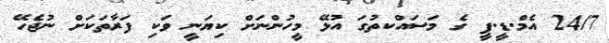
24/7 އެމް.ޑީ.ޕީ ގެ މަސައްކތުގަ އުޅޭ މީހުންނަށް ކިޔަނީ ވަކި ފަރާތަކަށް ނުޖެހޭ